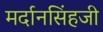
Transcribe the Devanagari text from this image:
मर्दानसिंहजी